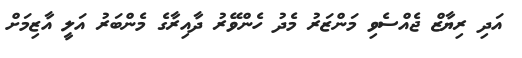
އަދި ރިޔާޒް ޖެއްސެވި މަންޒަރު މެދު ހެންވޭރު ދާއިރާގެ މެންބަރު އަލީ އާޒިމަށް